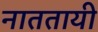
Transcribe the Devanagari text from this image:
नाततायी